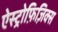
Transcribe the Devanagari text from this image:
ऐस्ट्रोफ़िज़िक्स